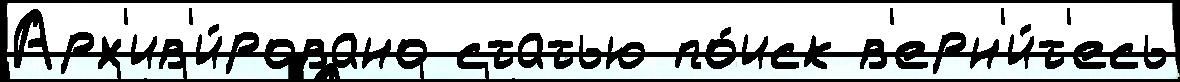
Арх'ив'и́ровано статью по́иск в'ерн'и́т'есь